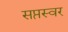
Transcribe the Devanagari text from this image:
सप्तस्वर